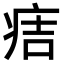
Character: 𤵹